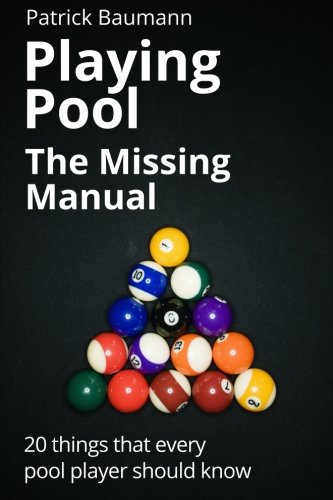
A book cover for Playing Pool - The Missing Manual: 20 things that every pool player should know; Patrick Baumann; Sports & Outdoors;